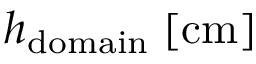
h _ { \mathrm { d o m a i n } } \; [ \mathrm { c m } ]